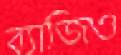
ব্যাজিও